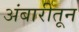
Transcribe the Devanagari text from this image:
अंबारीतून